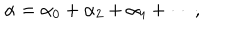
\alpha = \alpha _ { 0 } + \alpha _ { 2 } + \alpha _ { 4 } + \cdots ,